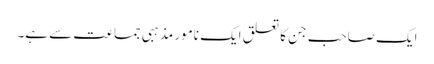
ایک صاحب جن کا تعلق ایک نامور مذہبی جماعت سے ہے۔